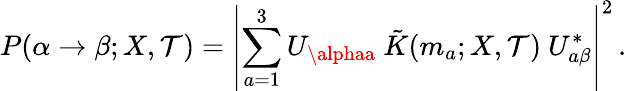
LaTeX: P(\alpha\rightarrow\beta;X,\mathcal{T})=\left|\sum_{a=1}^{3}U_{\alphaa}\ \tilde{{K}}(m_{a};X,\mathcal{T})\ U_{a\beta}^{*}\right|^{2}\, .